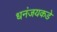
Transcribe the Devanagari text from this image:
धनंजयकडे